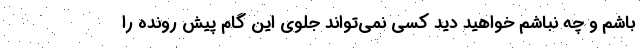
باشم و چه نباشم خواهید دید کسی نمی‌تواند جلوی این گام پیش رونده را